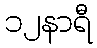
၁၂နာရီ